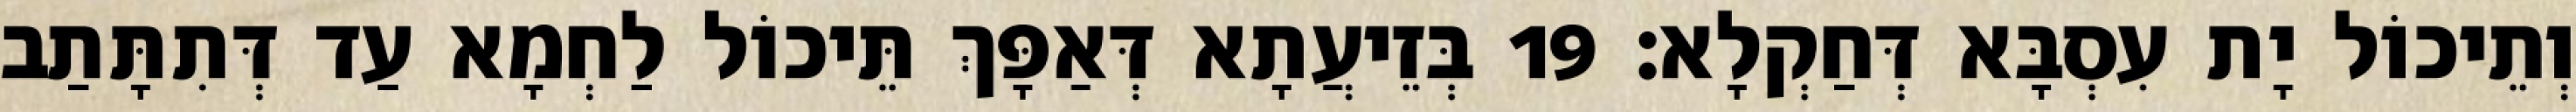
וְתֵיכוֹל יָת עִסְבָּא דְּחַקְלָא׃ 19 בְּזֵיעֲתָא דְּאַפָּךְ תֵּיכוֹל לַחְמָא עַד דְּתִתָּתַב